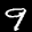
Label: 9